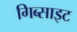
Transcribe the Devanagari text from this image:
गिब्साइट